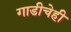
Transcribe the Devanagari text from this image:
गाडीचेही